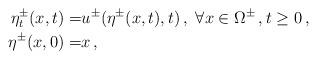
LaTeX: \begin{align*}\eta^\pm_t(x,t)=&u^\pm(\eta^\pm(x,t),t)\,,\ \forall x\in \Omega^\pm\,, t\ge 0\,,\\\eta^\pm(x,0)=&x\,,\end{align*}